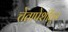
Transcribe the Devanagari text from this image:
चेतापेशींतून